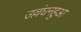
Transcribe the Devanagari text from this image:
उल्लंघनहुआ